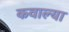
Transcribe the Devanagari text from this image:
कवाल्या